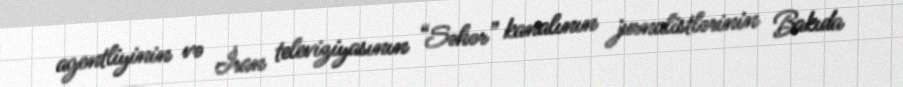
agentliyinin və İran televiziyasının “Səhər” kanalının jurnalistlərinin Bakıda